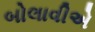
બોલાવીએ